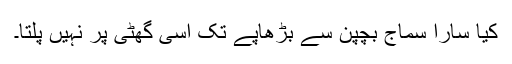
کیا سارا سماج بچپن سے بڑھاپے تک اسی گھٹی پر نہیں پلتا۔